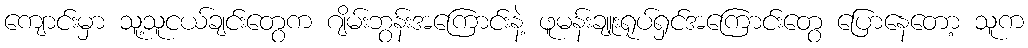
ကျောင်းမှာ သူ့သူငယ်ချင်းတွေက ဂျိမ်းဘွန်းအကြောင်းနဲ့ ဖူမန်းချူးရုပ်ရှင်အကြောင်းတွေ ပြောနေတော့ သူက